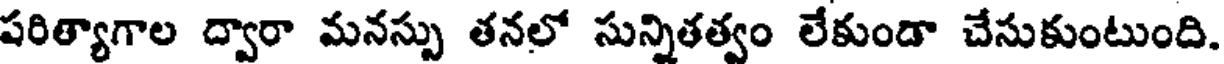
పరిత్యాగాల ద్వారా మనస్సు తనలో సున్నితత్వం లేకుండా చేసుకుంటుంది.